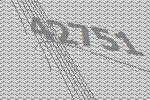
42751